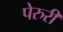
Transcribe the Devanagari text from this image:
पेरुरी